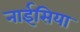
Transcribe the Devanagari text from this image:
नाईसिया